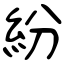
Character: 紛